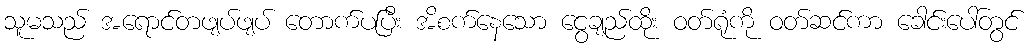
သူမသည် အရောင်တဖျပ်ဖျပ် တောက်ပပြီး အိစက်နေသော ငွေချည်ထိုး ဝတ်ရုံကို ဝတ်ဆင်ကာ ခေါင်းပေါ်တွင်